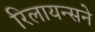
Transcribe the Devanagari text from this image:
रिलायन्सने